Rae_vallavalitsus, lk 14
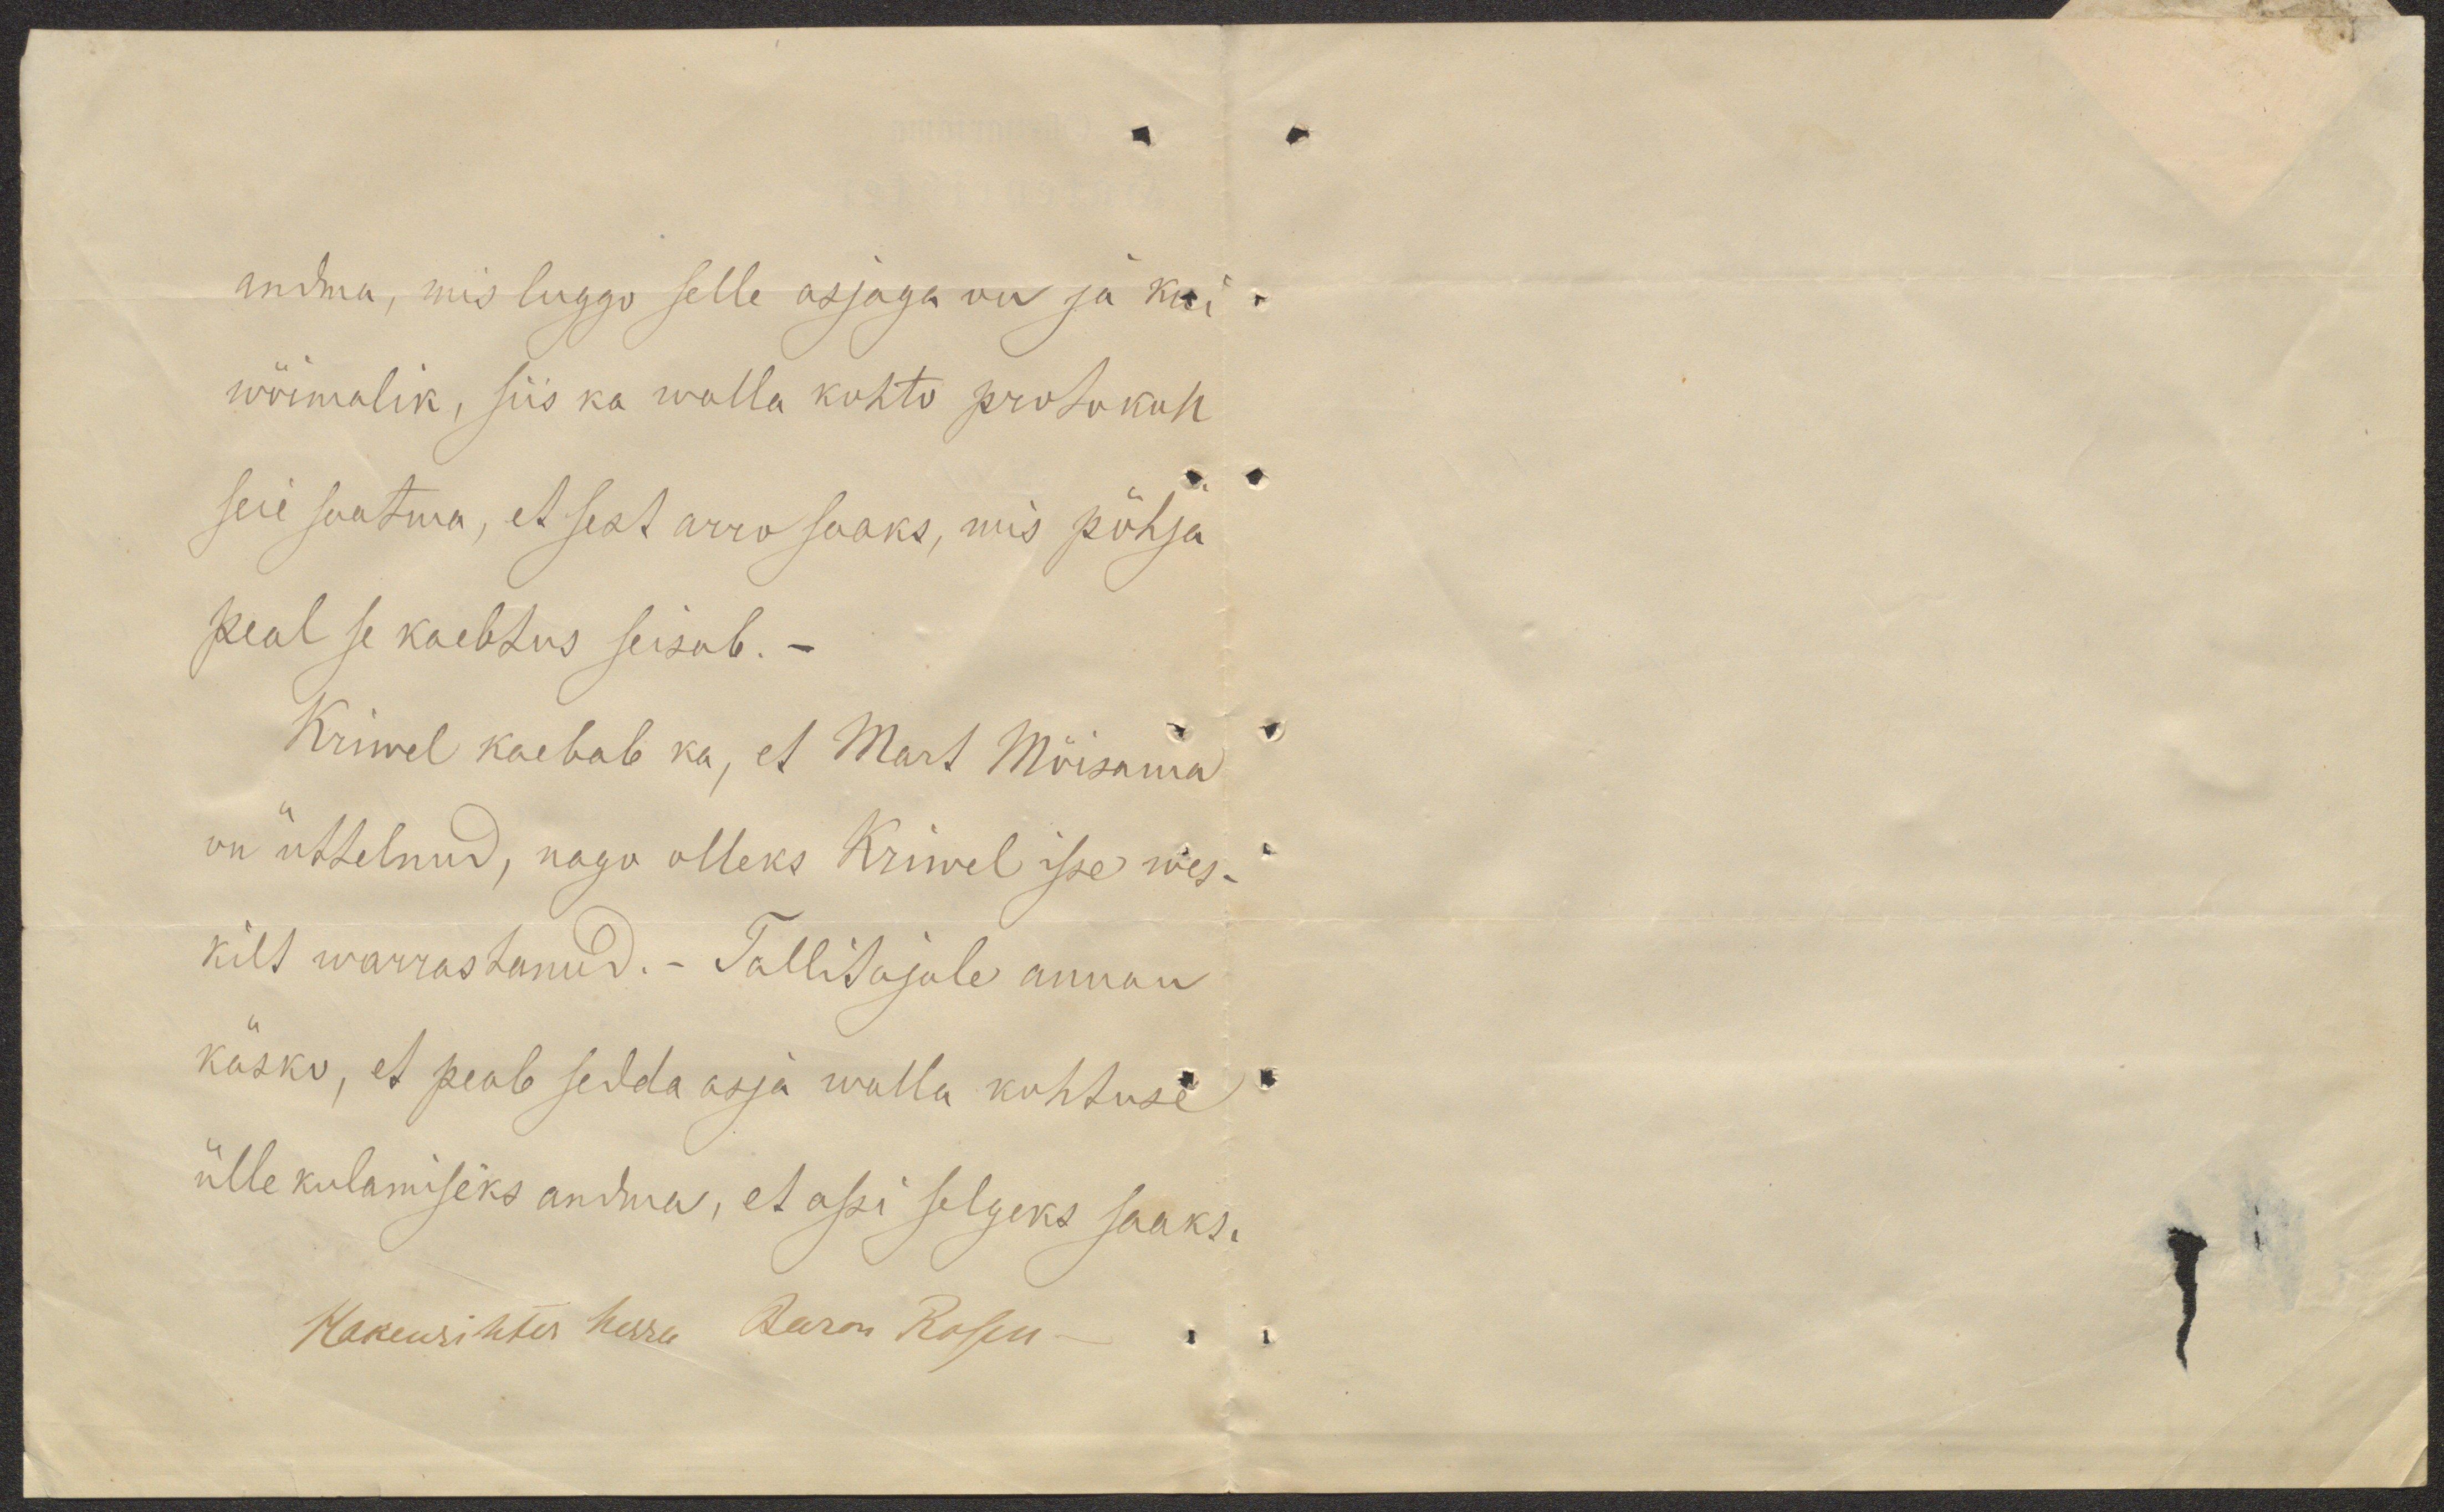
andma, mis luggo selle asjaga on ja kui
wõimalik, siis ka walla kohto protokoll
seie saatma, et sest arro saaks, mis põhja
peal se kaebtus seisab.-
Kriwel kaebab ka, et Mart Mõisama
on üttelnud, nagu olleks Kriwel isse wes-
kilt warrastanud. - Tallitajale annan
käsku, et peab sedda asja walla kohtuse
ülle kulamiseks andma, et assi selgeks saaks.
Hakenrihter herra Baron Rosen